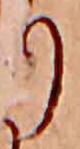
り